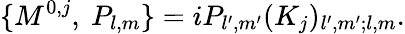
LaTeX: \{ M^{0,j},\ P_{l,m}\} =iP_{l^{\prime},m^{\prime}}(K_{j})_{l^{\prime},m^{\prime};l,m}.